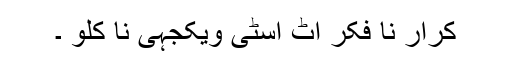
کرار نا فکر اٹ اسٹّی ویکجہی نا کلو ۔